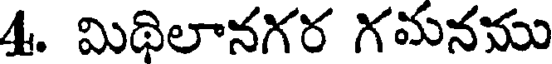
4. మిథిలానగర గమనము